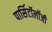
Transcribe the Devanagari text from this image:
पार्सिटॉलॉजी